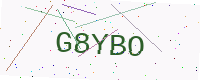
Text: G8YBO